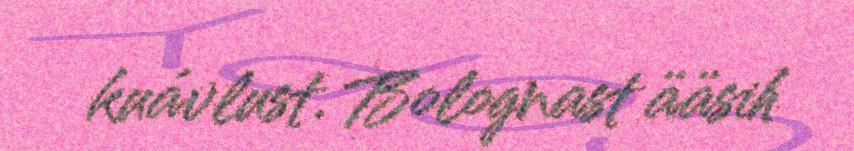
kuávlust. Bolognast ääsih